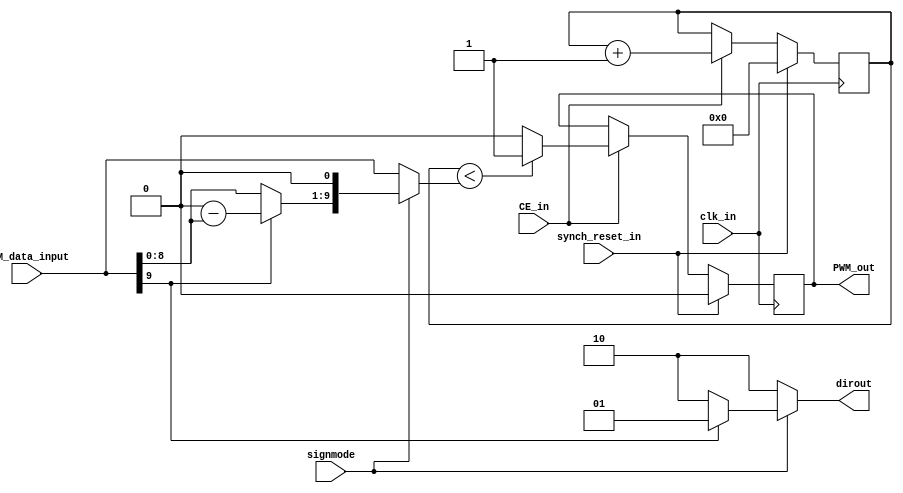
module PWM(
			clk_in, 
			CE_in, 
			synch_reset_in, 
			PWM_data_input, 
			signmode, 
			PWM_out, 
			dirout
		);

parameter		PWM_IN_SIZE = 10; // this is a constant that can be overridden when
											// Instantiating this module
											
input 			clk_in, CE_in, synch_reset_in;
					// synch_reset_in must be synchronised to clk_in
input				signmode;	// controls whether PWM input is considered signed or unsigned
input [PWM_IN_SIZE-1:0] 	PWM_data_input;

output reg 						PWM_out;
output [1:0]					dirout;

// local signals									
reg 	[PWM_IN_SIZE-1:0] 	count;
wire 	[PWM_IN_SIZE-1:0] 	magn;

// wire assignments
assign magn =
	(signmode?(PWM_data_input[PWM_IN_SIZE-1]? 1'b0-PWM_data_input : PWM_data_input)<<1 : PWM_data_input);

assign dirout	= (signmode?(PWM_data_input[PWM_IN_SIZE-1]? 2'b01 : 2'b10):2'b10); // signed

// sequential logic
always @(posedge clk_in) begin
	if (synch_reset_in) begin
		PWM_out 		<= 0;
		count 		<= 0;
	end
	else if (CE_in) begin
		if (count < magn) PWM_out <= 1; // signed
		else					PWM_out <= 0;

		count 		<= count+1;
	end
end

endmodule